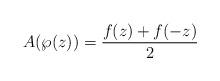
LaTeX: \begin{gather*}A(\wp(z))=\frac{f(z)+f(-z)}{2}\end{gather*}